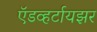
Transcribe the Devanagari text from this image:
ऍडव्हर्टायझर